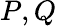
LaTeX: P,Q